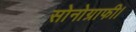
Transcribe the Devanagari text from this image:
सोनोग्राफी।